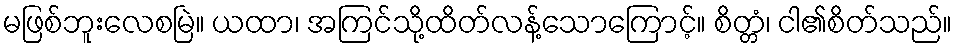
မဖြစ်ဘူးလေစမြဲ။ ယထာ၊ အကြင်သို့ထိတ်လန့်သောကြောင့်။ စိတ္တံ၊ ငါ၏စိတ်သည်။